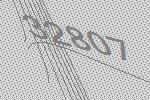
32807